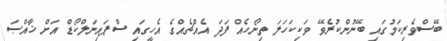
ބޭސްވެރިކަމުގައި ބޭނުންކުރެވޭ ވަކިކަހަލަ ތިނޯހެއް ފަދަ އެއްޗެއްގެ އެހީގައި ސްޕައިނަލްކޯޑް އަށް ޚާއްޞަ